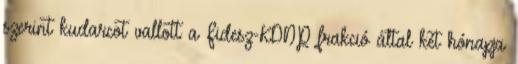
szerint kudarcot vallott a Fidesz-KDNP frakció által két hónapja